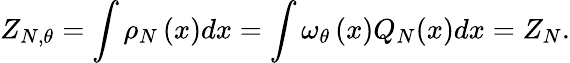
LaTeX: Z_{N,\theta}=\int\rho_{N}\left(x\right)dx=\int\omega_{\theta}\left(x\right)Q_{N}(x)dx=Z_{N}.